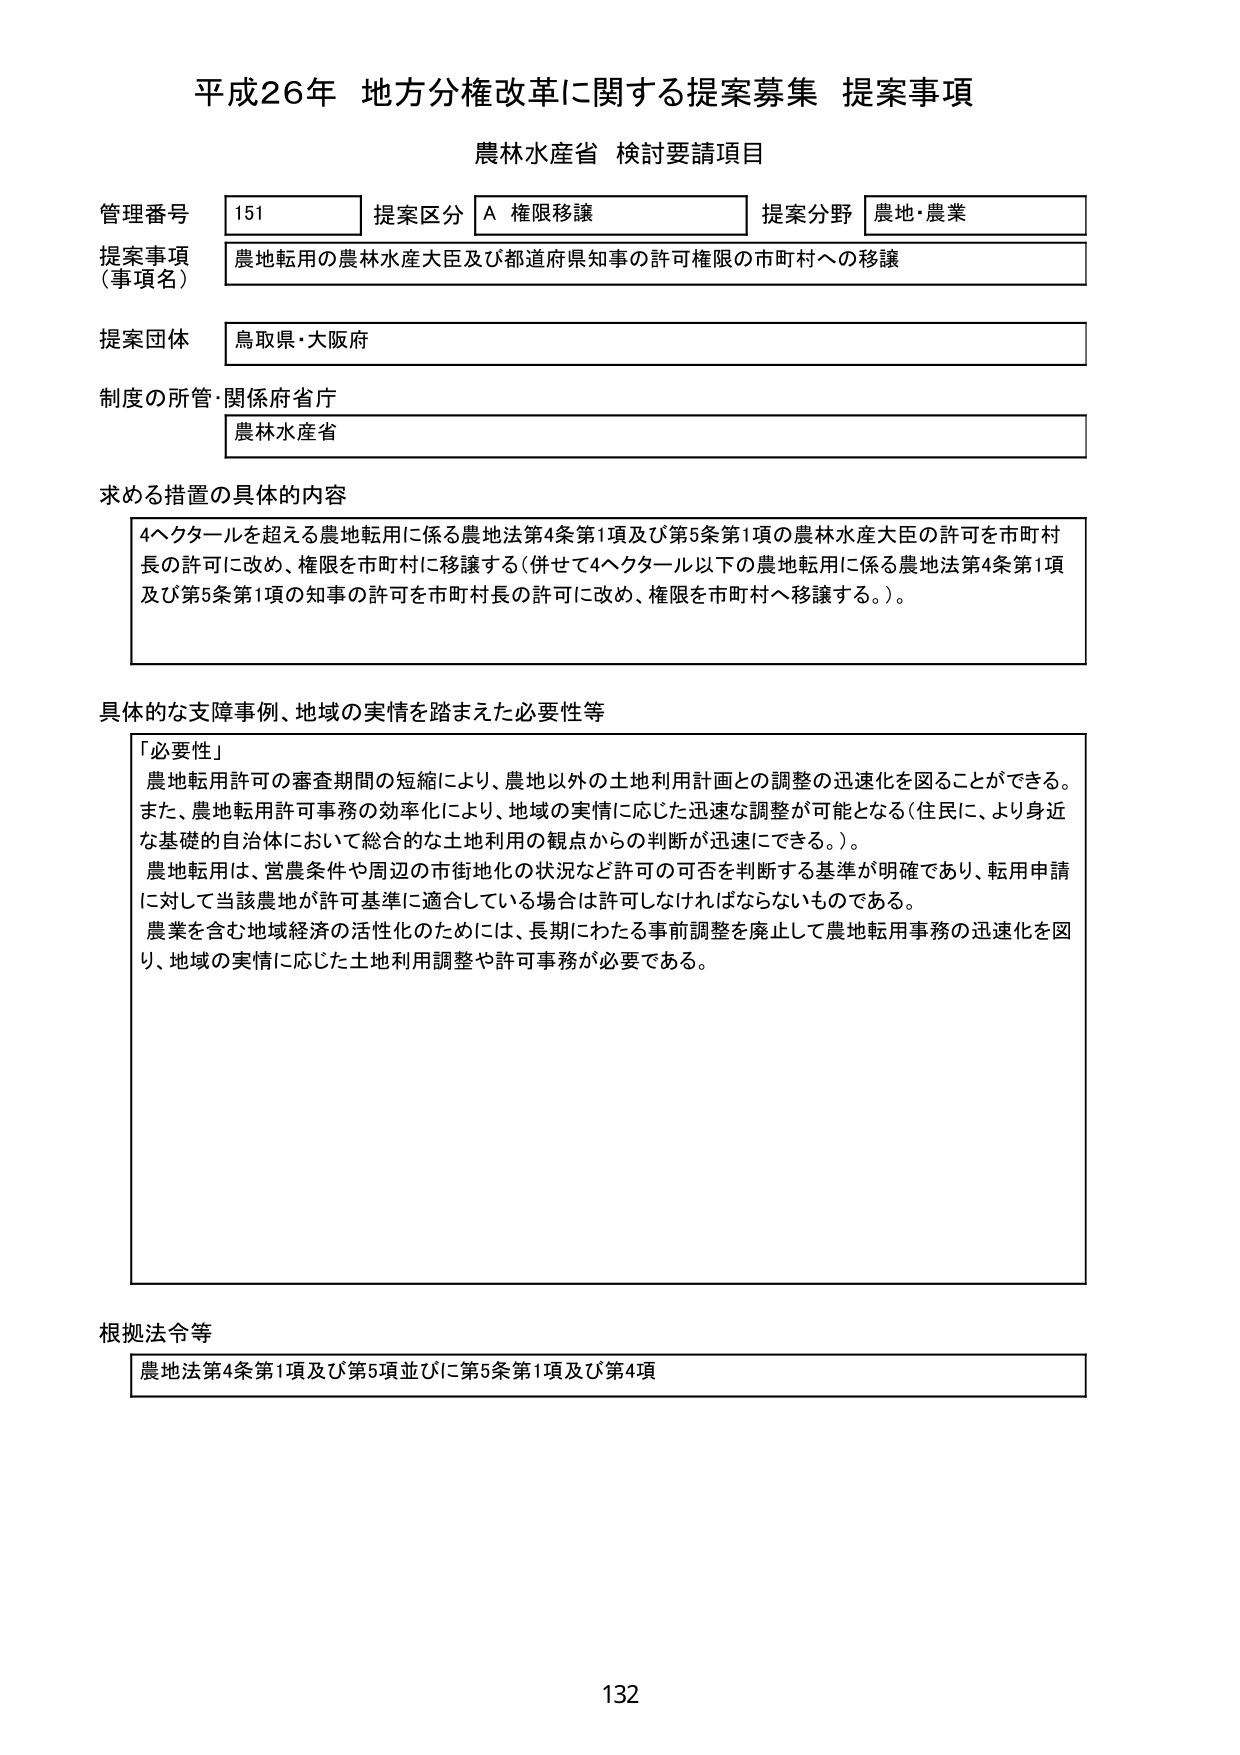
平成26年 地方分権改革に関する提案募集 提案事項
農林水産省 検討要請項目

管理番号 151 提案区分 A 権限移譲 提案分野 農地・農業
提案事項（事項名） 農地転用の農林水産大臣及び都道府県知事の許可権限の市町村への移譲
提案団体 鳥取県・大阪府
制度の所管・関係府省庁 農林水産省

求める措置の具体的内容
4ヘクタールを超える農地転用に係る農地法第4条第1項及び第5条第1項の農林水産大臣の許可を市町村長の許可に改め、権限を市町村に移譲する（併せて4ヘクタール以下の農地転用に係る農地法第4条第1項及び第5条第1項の知事の許可を市町村長の許可に改め、権限を市町村へ移譲する。）。

具体的な支障事例、地域の実情を踏まえた必要性等
「必要性」
農地転用許可の審査期間の短縮により、農地以外の土地利用計画との調整の迅速化を図ることができる。
また、農地転用許可事務の効率化により、地域の実情に応じた迅速な調整が可能となる（住民に、より身近な基礎的自治体において総合的な土地利用の観点からの判断が迅速にできる。）。
農地転用は、営農条件や周辺の市街地化の状況など許可の可否を判断する基準が明確であり、転用申請に対して当該農地が許可基準に適合している場合は許可しなければならないものである。
農業を含む地域経済の活性化のためには、長期にわたる事前調整を廃止して農地転用事務の迅速化を図り、地域の実情に応じた土地利用調整や許可事務が必要である。

根拠法令等
農地法第4条第1項及び第5項並びに第5条第1項及び第4項

132